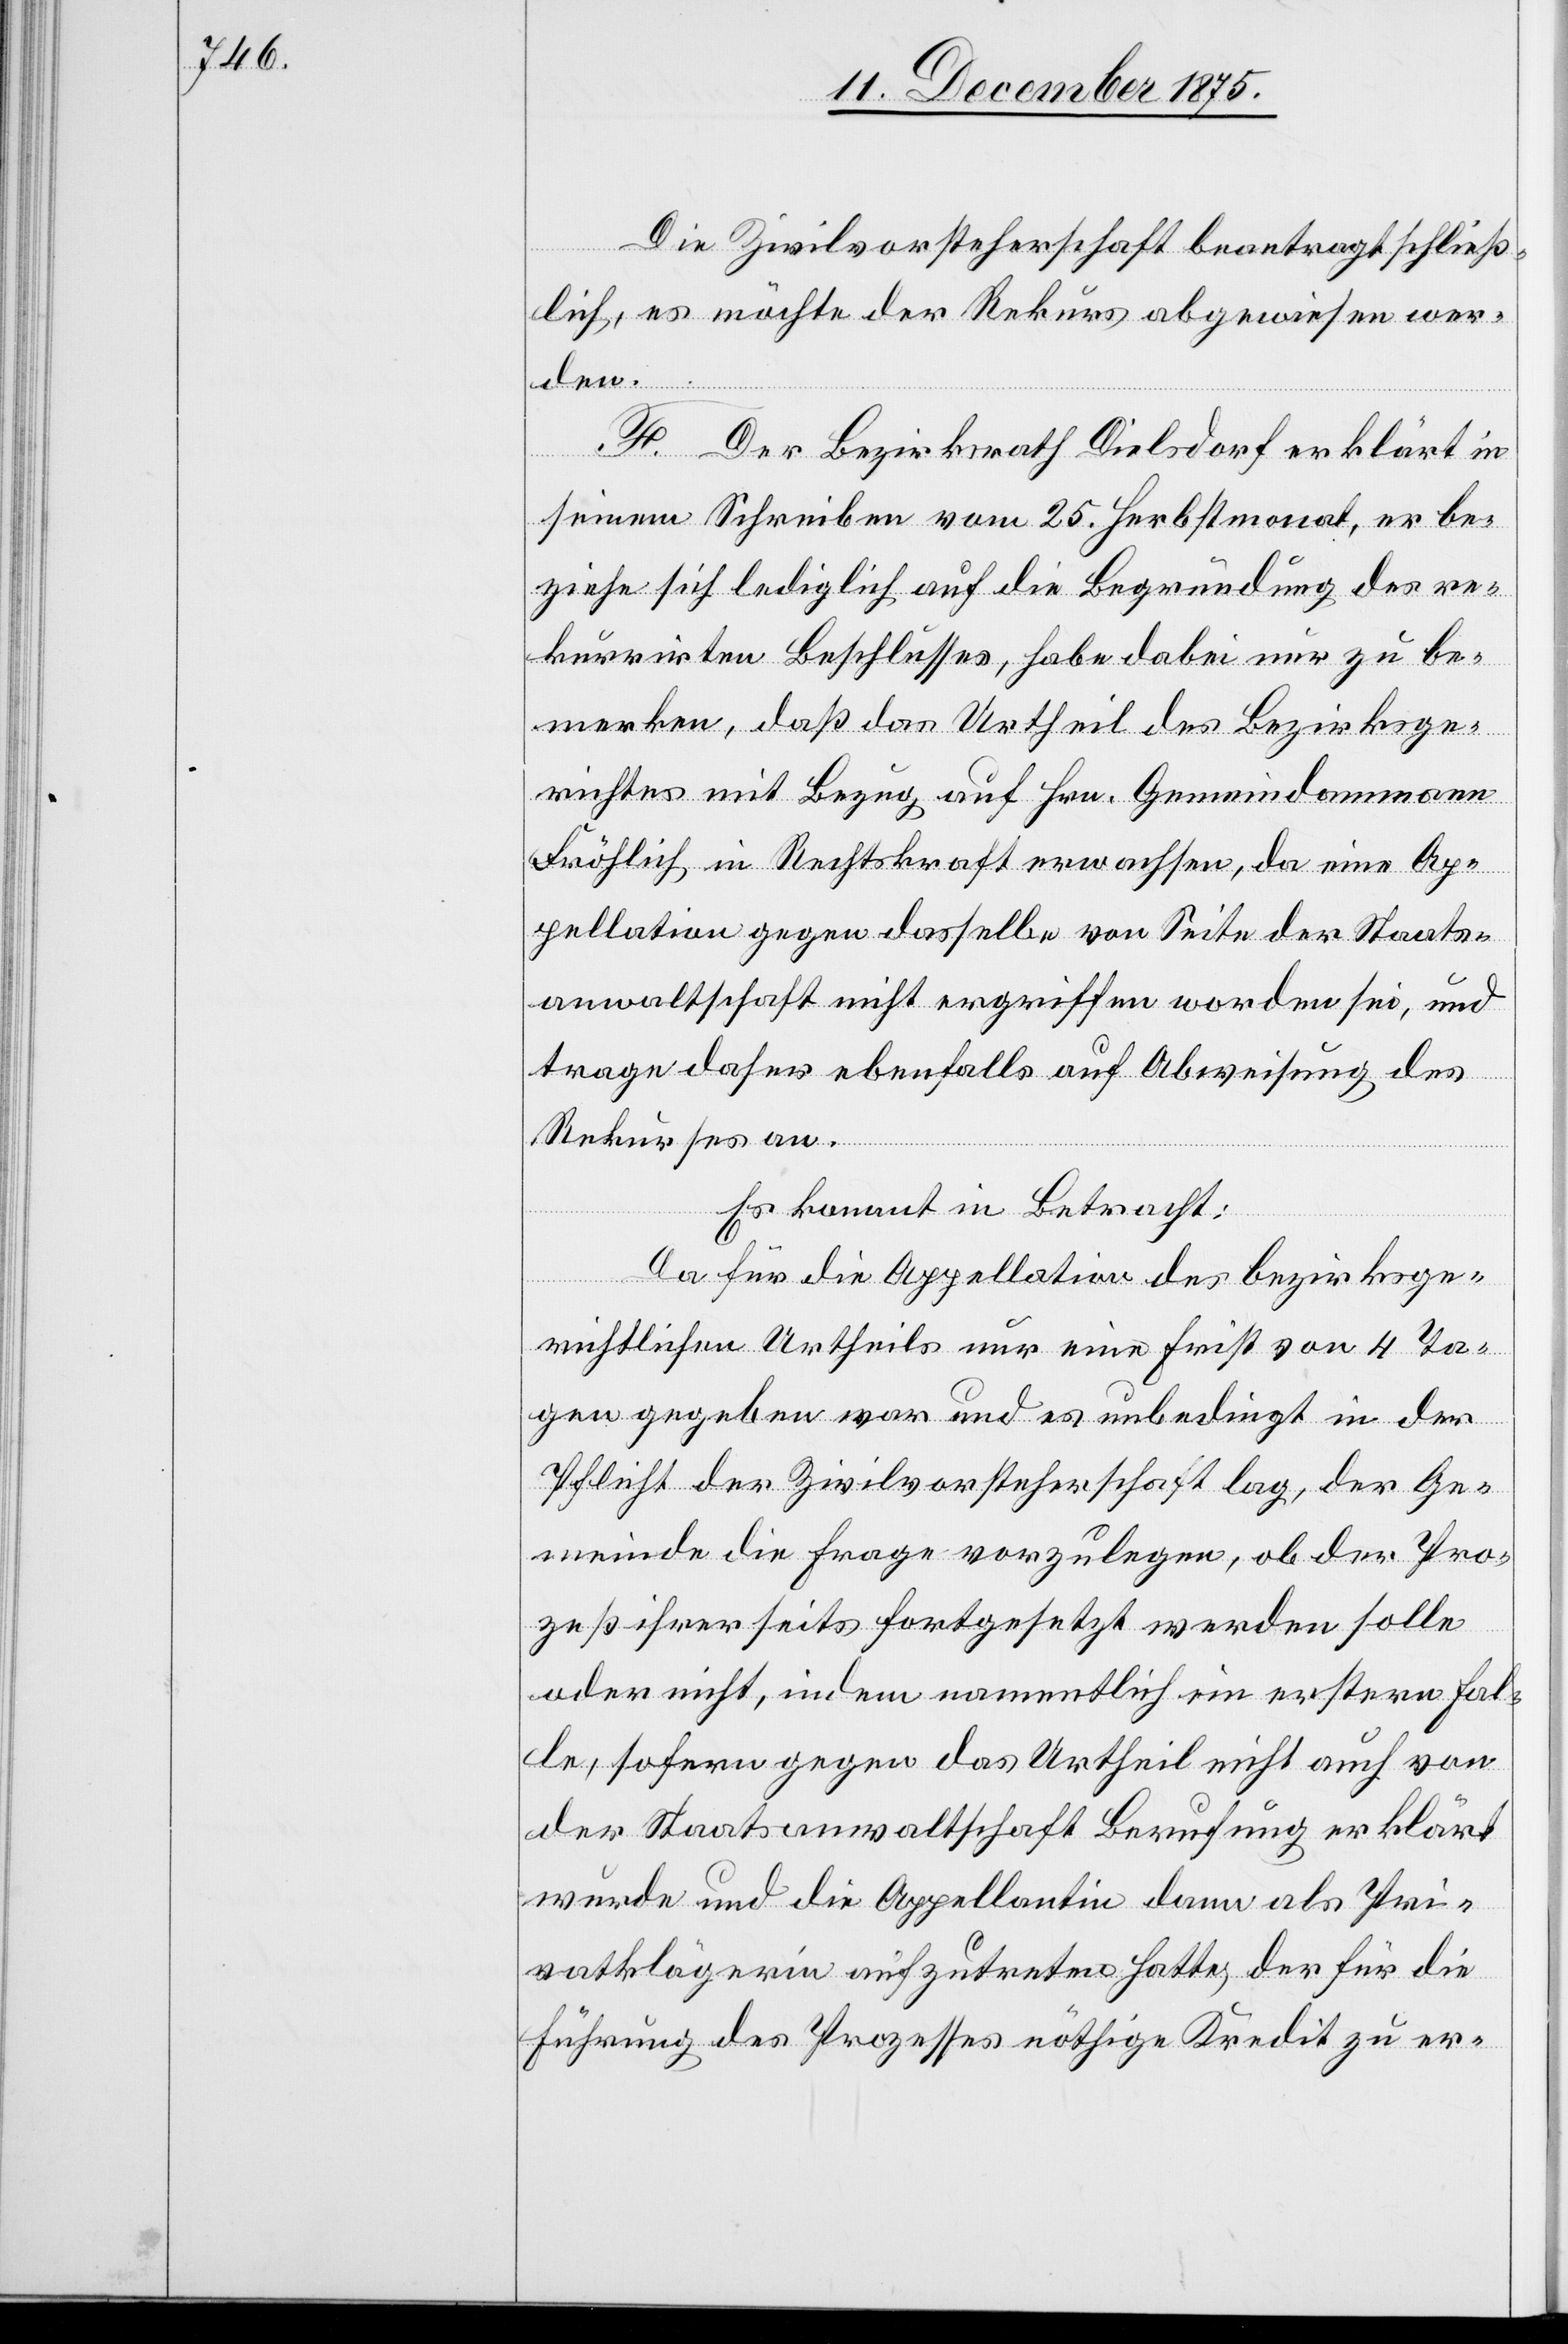
Die Zivilvorsteherschaft beantragt schließ¬
lich, es möchte der Rekurs abgewiesen wer¬
den.
F. Der Bezirksrath Dielsdorf erklärt in
seinem Schreiben vom 25. Herbstmonat, er be¬
ziehe sich lediglich auf die Begründung des re¬
kurrirten Beschlusses, habe dabei nur zu be¬
merken, daß das Urtheil des Bezirksge¬
richtes mit Bezug auf Hrn. Gemeindammann
Fröhlich in Rechtskraft erwachsen, da eine Ap¬
pellation gegen dasselbe von Seite der Staats¬
anwaltschaft nicht ergriffen worden sei, und
trage daher ebenfalls auf Abweisung des
Rekurses an.
Es kommt in Betracht:
Da für die Appellation des bezirksge¬
richtlichen Urtheils nur eine Frist von 4 Ta¬
gen gegeben war und es unbedingt in der
Pflicht der Zivilvorsteherschaft lag, der Ge¬
meinde die Frage vorzulegen, ob der Pro¬
zeß ihrerseits fortgesetzt werden solle
oder nicht, indem namentlich im erstern Fal¬
le, sofern gegen das Urtheil nicht auch von
der Staatsanwaltschaft Berufung erklärt
wurde und die Appellantin dann als Pri¬
vatklägerin aufzutreten hatte, der für die
Führung des Prozesse nöthige Kredit zu er-